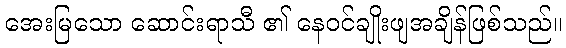
အေးမြသော ဆောင်းရာသီ ၏ နေဝင်ချိုးဖျအချိန်ဖြစ်သည်။